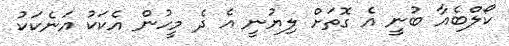
ކޯލްބެއާ ބުނީ އެ ގޮތަށް ލިޔުުނީ އެ ދެ މީހުން އެކަކު އަނެކަކު